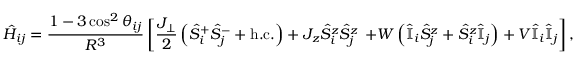
\hat { H } _ { i j } = \frac { 1 - 3 \cos ^ { 2 } \theta _ { i j } } { R ^ { 3 } } \left[ \frac { J _ { \perp } } { 2 } \left( \hat { S } _ { i } ^ { + } \hat { S } _ { j } ^ { - } + \mathrm { h . c . } \right) + J _ { z } \hat { S } _ { i } ^ { z } \hat { S } _ { j } ^ { z } \right. \left. + W \left( \hat { \mathbb { I } } _ { i } \hat { S } _ { j } ^ { z } + \hat { S } _ { i } ^ { z } \hat { \mathbb { I } } _ { j } \right) + V \hat { \mathbb { I } } _ { i } \hat { \mathbb { I } } _ { j } \vphantom { \frac { J _ { \perp } } { 2 } } \right] ,